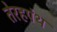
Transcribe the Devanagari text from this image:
तेरहपंथ